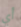
أي